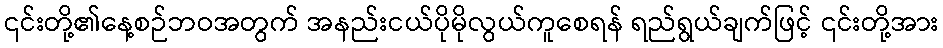
၎င်းတို့၏နေ့စဉ်ဘဝအတွက် အနည်းငယ်ပိုမိုလွယ်ကူစေရန် ရည်ရွယ်ချက်ဖြင့် ၎င်းတို့အား